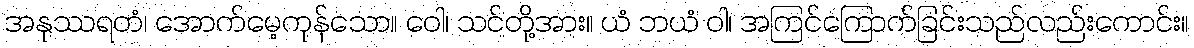
အနုဿရတံ၊ အောက်မေ့ကုန်သော။ ဝေါ၊ သင်တို့အား။ ယံ ဘယံ ဝါ၊ အကြင်ကြောက်ခြင်းသည်လည်းကောင်း။